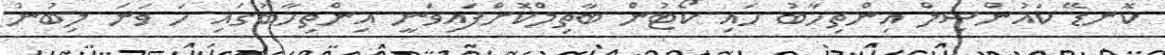
ކޮނޑޭ ކައުންސިލް އިންތިހާބު ހައި ކޯޓުން ބާތިލްކޮށްފައިވަނީ އިންތިހާބުގައި ހަ ވަނަ ލިބުނު